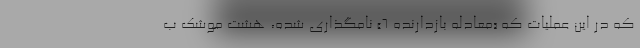
که در این عملیات که «معادله بازدارنده ۶» نامگذاری شده، هشت موشک ب